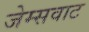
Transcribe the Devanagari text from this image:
जेम्सवाट